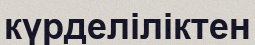
күрделіліктен